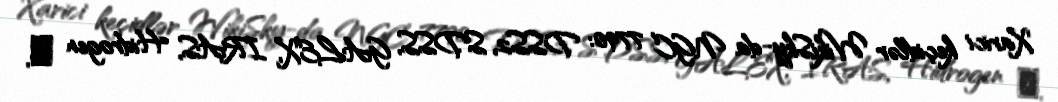
Xarici keçidlər WikiSky-da NGC 7790: DSS2, SDSS, GALEX, IRAS, Hidrogen α,